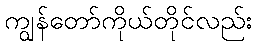
ကျွန်တော်ကိုယ်တိုင်လည်း